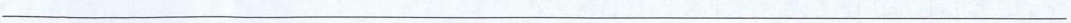
___